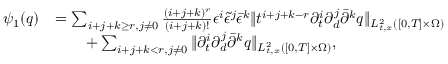
\begin{array} { r l } { \psi _ { 1 } ( q ) } & { = \sum _ { i + j + k \ge r , j \ne 0 } \frac { ( i + j + k ) ^ { r } } { ( i + j + k ) ! } \epsilon ^ { i } \tilde { \epsilon } ^ { j } \bar { \epsilon } ^ { k } \| t ^ { i + j + k - r } \partial _ { t } ^ { i } \partial _ { d } ^ { j } \bar { \partial } ^ { k } q \| _ { L _ { t , x } ^ { 2 } ( [ 0 , T ] \times \Omega ) } } \\ & { \quad \quad + \sum _ { i + j + k < r , j \ne 0 } \| \partial _ { t } ^ { i } \partial _ { d } ^ { j } \bar { \partial } ^ { k } q \| _ { L _ { t , x } ^ { 2 } ( [ 0 , T ] \times \Omega ) } , } \end{array}